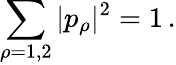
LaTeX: \sum_{\rho=1,2}|p_{\rho}|^{2}=1\, .